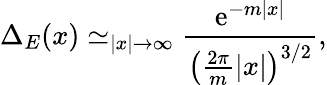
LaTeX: \Delta_{E}(x)\simeq_{|x|\rightarrow\infty}\frac{\mathrm{e}^{-m|x|}}{\left(\frac{2\pi}{m}|x|\right)^{3/2}},